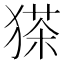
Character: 𱮒